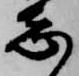
志